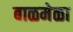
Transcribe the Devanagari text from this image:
बाळमेळा